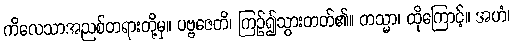
ကိလေသာအညစ်တရားတို့မှ။ ပဗ္ဗဇေတိ၊ ကြဉ်၍သွားတတ်၏။ တသ္မာ၊ ထိုကြောင့်။ အဟံ၊